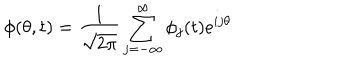
\phi ( \theta , t ) = { \frac { 1 } { \sqrt { 2 \pi } } } \sum _ { j = - \infty } ^ { \infty } \phi _ { j } ( t ) e ^ { i j \theta }